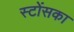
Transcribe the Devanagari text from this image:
स्टोंसका